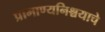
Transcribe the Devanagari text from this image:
प्रामाण्यनिश्चयाचे